Civil Veterinary Department. United Provinces 1912-22 - 1912-1922
Year: 1912
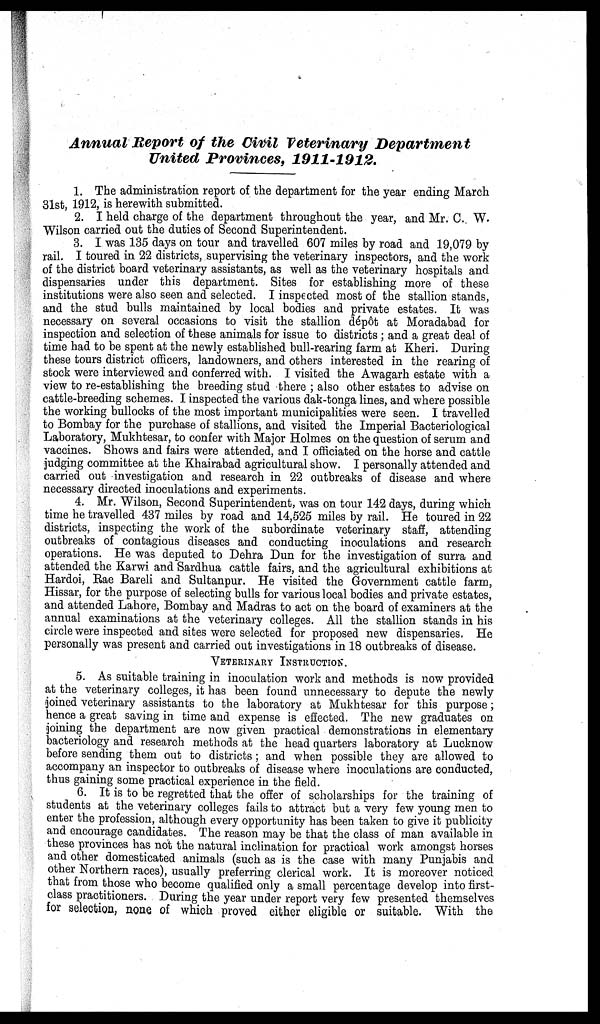
Annual Report of the Civil Veterinary
Department
United Provinces, 1911-1912.
1. The administration report of the department for the year ending March
31st, 1912, is herewith submitted.
2. I held charge of the department throughout the year, and Mr. C. W.
Wilson carried out the duties of Second Superintendent.
3. I was 135 days on tour and travelled 607 miles by road and 19,079 by
rail. I toured in 22 districts, supervising the veterinary inspectors, and the work
of the district board veterinary assistants, as well as the veterinary hospitals and
dispensaries under this department. Sites for establishing more of these
institutions were also seen and selected. I inspected most of the stallion stands,
and the stud bulls maintained by local bodies and private estates. It was
necessary on several occasions to visit the stallion dépôt at Moradabad for
inspection and selection of these animals for issue to districts; and a great deal of
time had to be spent at the newly established bull-rearing farm at Kheri. During
these tours district officers, landowners, and others interested in the rearing of
stock were interviewed and conferred with. I visited the Awagarh estate with a
view to re-establishing the breeding stud there; also other estates to advise on
cattle-breeding schemes. I inspected the various dak-tonga lines, and where possible
the working bullocks of the most important municipalities were seen. I travelled
to Bombay for the purchase of stallions, and visited the Imperial Bacteriological
Laboratory, Mukhtesar, to confer with Major Holmes on the question of serum and
vaccines. Shows and fairs were attended, and I officiated on the horse and cattle
judging committee at the Khairabad agricultural show. I personally attended and
carried out investigation and research in 22 outbreaks of disease and where
necessary directed inoculations and experiments.
4. Mr. Wilson, Second Superintendent, was on tour 142 days, during which
time he travelled 437 miles by road and 14,525 miles by rail. He toured in 22
districts, inspecting the work of the subordinate veterinary staff, attending
outbreaks of contagious diseases and conducting inoculations and research
operations. He was deputed to Dehra Dun for the investigation of surra and
attended the Karwi and Sardhua cattle fairs, and the agricultural exhibitions at
Hardoi, Rae Bareli and Sultanpur. He visited the Government cattle farm,
Hissar, for the purpose of selecting bulls for various local bodies and private estates,
and attended Lahore, Bombay and Madras to act on the board of examiners at the
annual examinations at the veterinary colleges. All the stallion stands in his
circle were inspected and sites were selected for proposed new dispensaries. He
personally was present and carried out investigations in 18 outbreaks of disease.
VETERINARY INSTRUCTION.
5. As suitable training in inoculation work and methods is now provided
at the veterinary colleges, it has been found unnecessary to depute the newly
joined veterinary assistants to the laboratory at Mukhtesar for this purpose;
hence a great saving in time and expense is effected. The new graduates on
joining the department are now given practical demonstrations in elementary
bacteriology and research methods at the head quarters laboratory at Lucknow
before sending them out to districts; and when possible they are allowed to
accompany an inspector to outbreaks of disease where inoculations are conducted,
thus gaining some practical experience in the field.
6. It is to be regretted that the offer of scholarships for the training of
students at the veterinary colleges fails to attract but a very few young men to
enter the profession, although every opportunity has been taken to give it publicity
and encourage candidates. The reason may be that the class of man available in
these provinces has not the natural inclination for practical work amongst horses
and other domesticated animals (such as is the case with many Punjabis and
other Northern races), usually preferring clerical work. It is moreover noticed
that from those who become qualified only a small percentage develop into first-
class practitioners. During the year under report very few presented themselves
for selection, none of which proved either eligible or suitable. With the